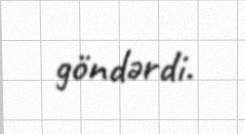
göndərdi.